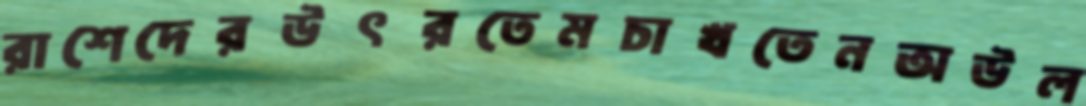
রাশেদেরউৎরতেমচাখতেনঅউল